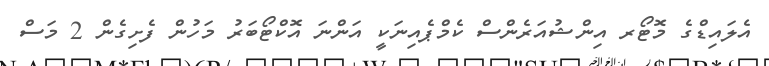
އެލައިޑްގެ މޮޓޯރ އިންޝުއަރެންސް ކެމްޕެއިނަކީ އަންނަ އޮކްޓޯބަރު މަހުން ފެށިގެން 2 މަސް